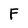
Character: F